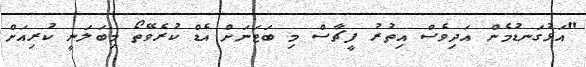
"އަޅުގަނޑުމެން އަދިވެސް އިތުރު ފީޗާސް މި ބަޓަނަށް އެޑް ކުރެވޭތޯ މިބަލަނީ ކުރިއަށް